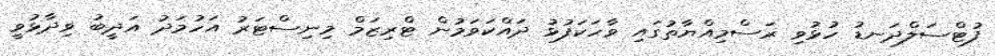
ފުޓްސަލްދަނޑު ހުޅުވި ރަސްމިއްޔާތުގައި ވާހަކަފުޅު ދައްކަވަމުން ޓްރިޒަމް މިނިސްޓަރު އަހުމަދު އަދީބު ވިދާޅުވީ